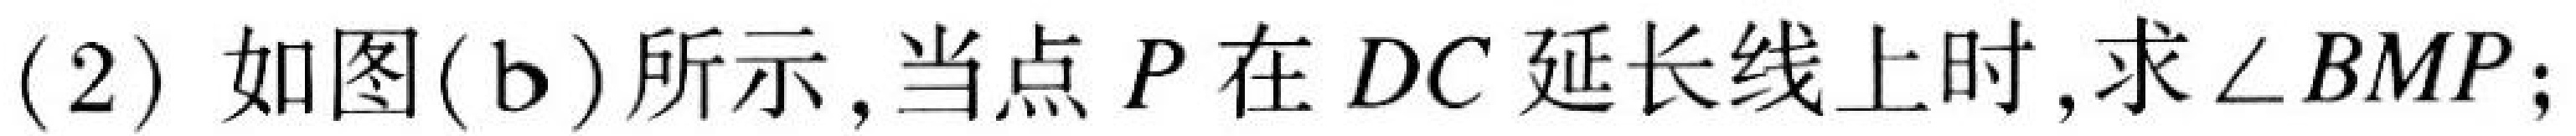
(2) 如图(b)所示，当点\(P\)在\(DC\)延长线上时，求\(\angle BMP\)；